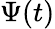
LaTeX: \Psi(t)